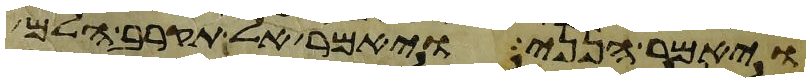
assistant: ויאמר הנני ויאמר אל תקרב הלם